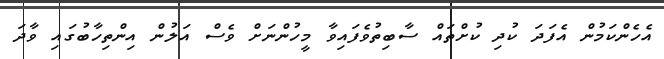
އެހެންކަމުން އެފަދަ ކުދި ކުށްތައް ސާބިތުވެފައިވާ މީހުންނަށް ވެސް އަލުން އިންތިހާބުގައި ވާދަ